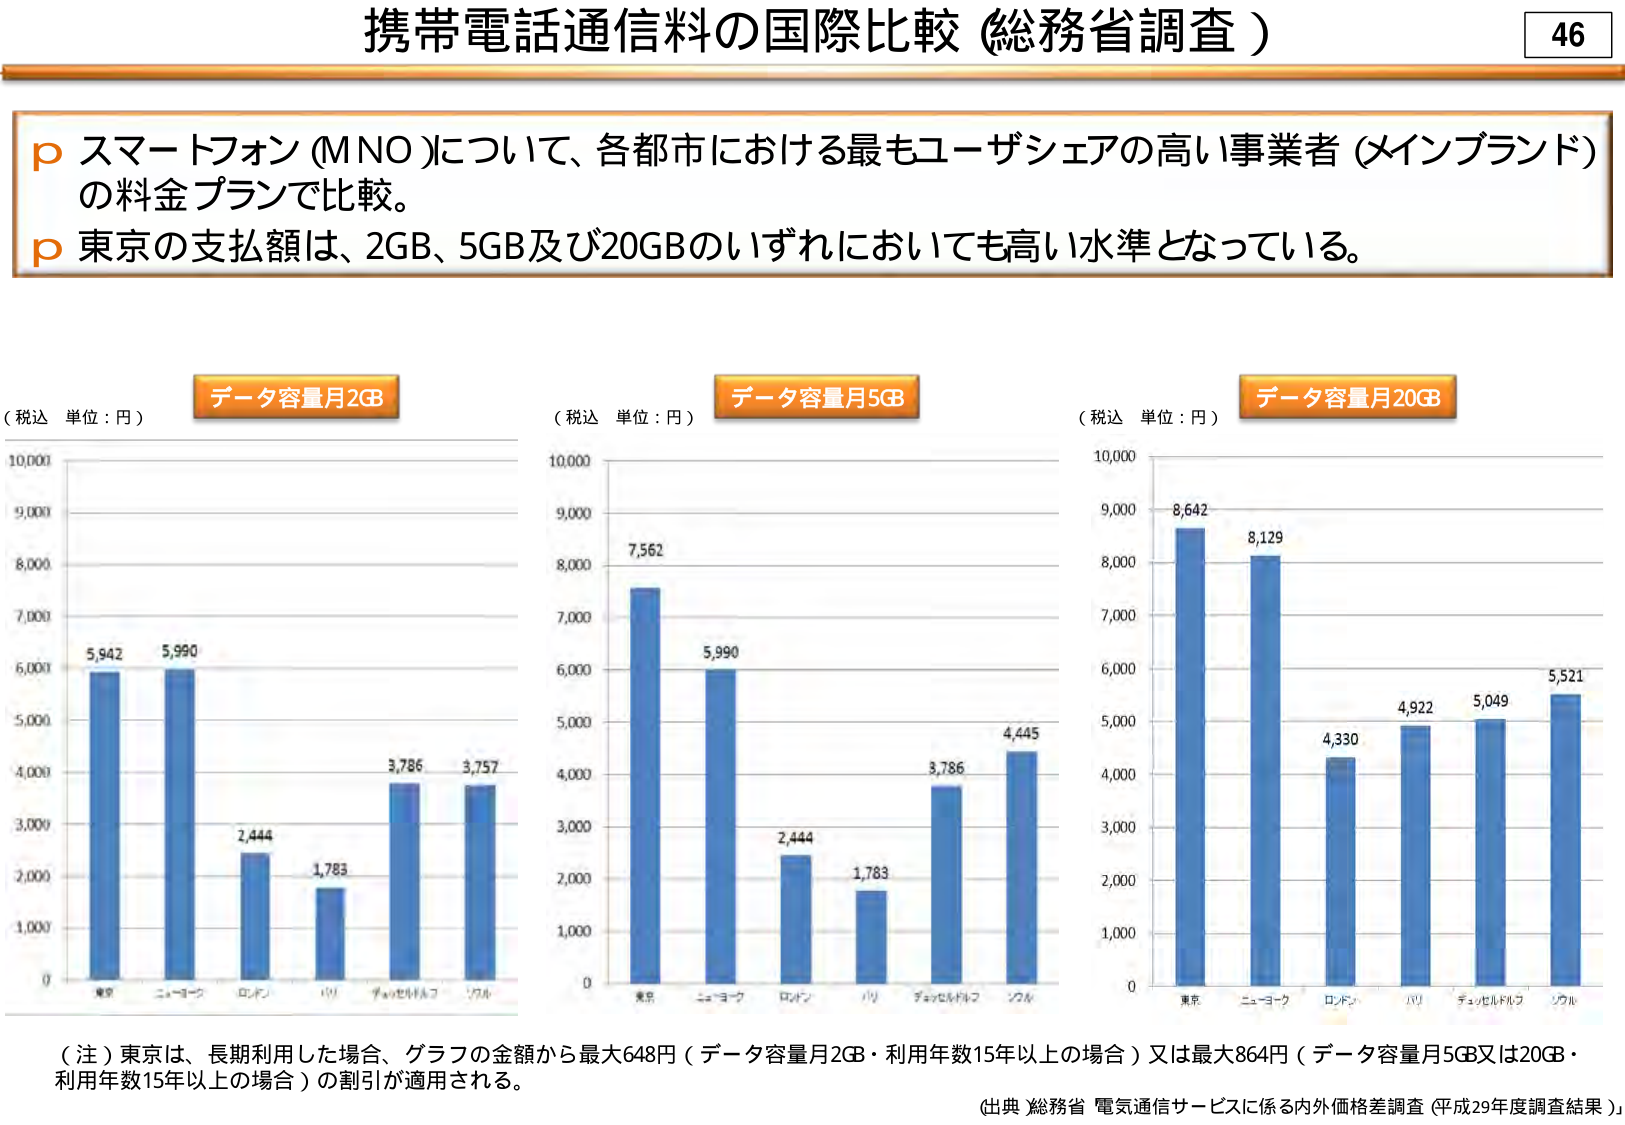
携帯電話通信料の国際比較（総務省調査）
46

p スマートフォン（MNO）について、各都市における最もユーザシェアの高い事業者（メインブランド）の料金プランで比較。
p 東京の支払額は、2GB、5GB及び20GBのいずれにおいても高い水準となっている。

（税込 単位：円） データ容量月2GB
（税込 単位：円） データ容量月5GB
（税込 単位：円） データ容量月20GB

5,942 5,990
2,444 1,783 3,786 3,757

7,562
5,990
2,444 1,783
3,786 4,445

8,642
8,129
4,330 4,922 5,049 5,521

（注）東京は、長期利用した場合、グラフの金額から最大648円（データ容量月2GB・利用年数15年以上の場合）又は最大864円（データ容量月5GB又は20GB・利用年数15年以上の場合）の割引が適用される。

（出典）総務省 電気通信サービスに係る内外価格差調査（平成29年度調査結果）